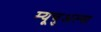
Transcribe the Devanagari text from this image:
म्यूचुअल्स